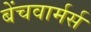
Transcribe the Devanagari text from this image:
बेंचवार्मर्स